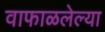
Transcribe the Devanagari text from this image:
वाफाळलेल्या